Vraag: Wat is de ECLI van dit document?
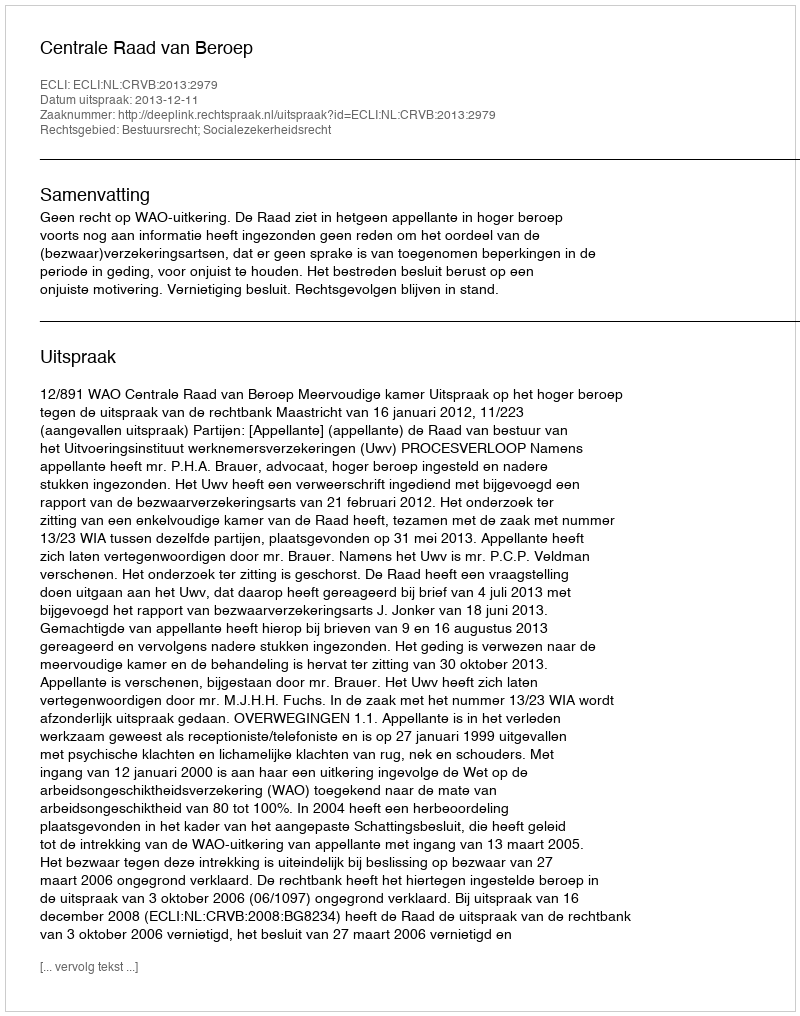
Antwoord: ECLI:NL:CRVB:2013:2979